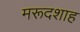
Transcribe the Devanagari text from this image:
मरूदशाह